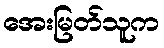
အေးမြတ်သူက